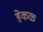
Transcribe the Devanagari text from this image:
हेकळ